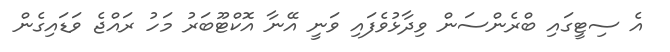
އެ ސިޓީގައި ބްރެންސަން ވިދާޅުވެފައި ވަނީ އޭނާ އޮކްޓޫބަރު މަހު ރައްޖެ ވަޑައިގެން